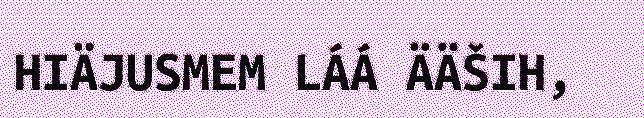
HIÄJUSMEM LÁÁ ÄÄŠIH,